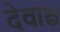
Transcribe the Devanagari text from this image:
देवाश्च